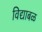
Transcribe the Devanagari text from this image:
विद्याबळ